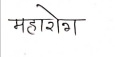
मजकूर: महारोग